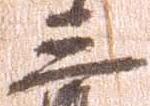
三